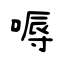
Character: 嗕